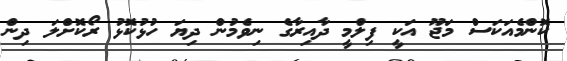
ކޮންމެއަކަސް މަޖޫ އަކީ ފިލްމީ ދާއިރާގެ ނިވެމުން ދިޔަ ހުޅުކޮޅު ރޯކޮށްލަ ދިން